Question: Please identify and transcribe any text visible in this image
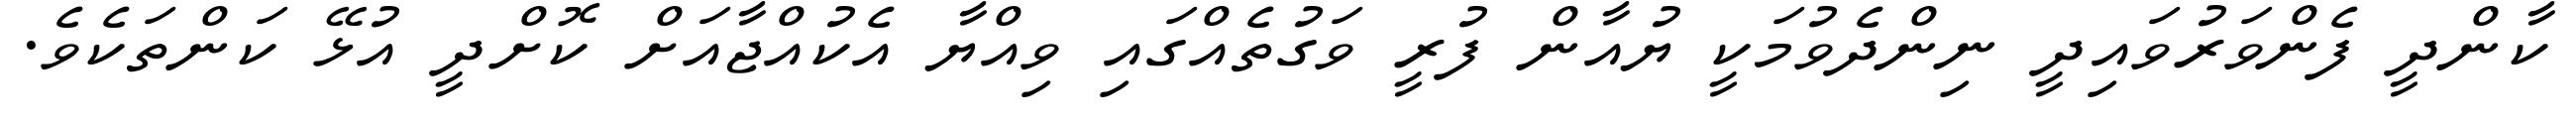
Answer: ކާންދީ ފެންވަރުވައިދީ ނިންދެވުމަކީ ޔުއާން ފުރީ ވަގުތެއްގައި ވިއްޔާ އެކުއްޖާއަށް ކޮށްދީ އުޅޭ ކަންތަކެވެ.